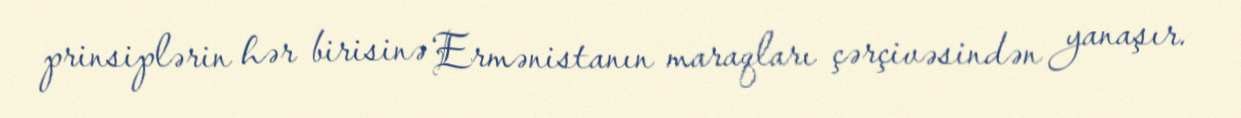
prinsiplərin hər birisinə Ermənistanın maraqları çərçivəsindən yanaşır.